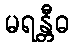
မရန္တီဓ